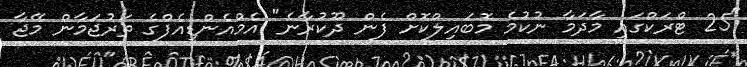
"25 ޓްރަކްގައި މާދަމާ ނުކުމެ މޮބައިލްކޮށް ފެން ދޫކުރާނެ" އެމްއެންޑީއެފްގެ ތަރުޖަމާން މޭޖާ